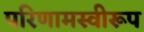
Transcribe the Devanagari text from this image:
परिणामस्वीरूप